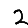
Digit: 2